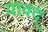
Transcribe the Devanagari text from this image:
यावद्